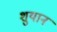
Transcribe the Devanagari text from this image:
शुयान